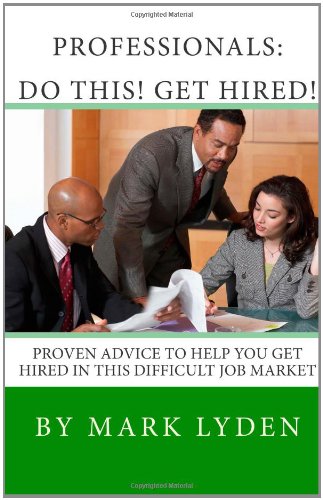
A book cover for Professionals:  DO THIS! GET HIRED!: Proven Advice To Get You HIRED In This Difficult Job Market; Mark Lyden; Business & Money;